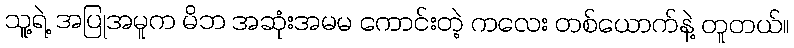
သူ့ရဲ့ အပြုအမူက မိဘ အဆုံးအမမ ကောင်းတဲ့ ကလေး တစ်ယောက်နဲ့ တူတယ်။